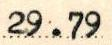
29.79